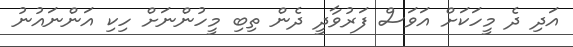
އަދި ދެ މީހަކަށް އަވަސް ފަރުވާދީ ދެން ތިބި މީހުންނަށް ހިކި އަންނައުނު